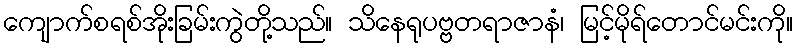
ကျောက်စရစ်အိုးခြမ်းကွဲတို့သည်။ သိနေရုပဗ္ဗတရာဇာနံ၊ မြင့်မိုရ်တောင်မင်းကို။